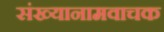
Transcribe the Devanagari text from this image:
संख्यानामवाचक